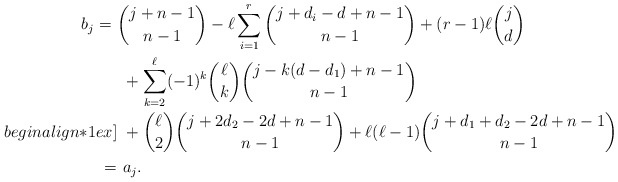
\begin{align*}b_j = \ & \binom{j+n-1}{n-1} - \ell \sum^r_{i=1} \binom{j + d_i - d+ n-1}{n-1} + (r-1) \ell \binom{j}{d} \\& \ + \sum_{k=2}^\ell (-1)^k \binom{\ell}{k} \binom{j - k (d - d_1)+ n-1}{n-1} \\begin{align*}1ex]& \ + \binom{\ell}{2} \binom{j + 2 d_2 - 2 d + n-1}{n-1} + \ell (\ell -1) \binom{j + d_1 + d_2 - 2 d+ n-1}{n-1} \\= & \ a_j. \end{align*}